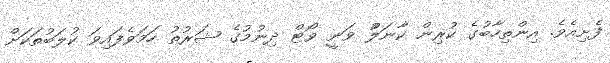
ފެށިއެވެ. އިންތިހާބުގެ ކުރިން ކާނަލްު ވަނީ ވޯޓް ދިނުމުގެ ޝަރުތު ހަމަވެފައިވަ ކުލަބުތަކަށް